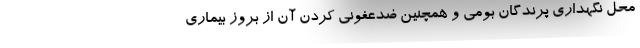
محل نگهداری پرندگان بومی و همچنین ضدعفونی کردن آن از بروز بیماری